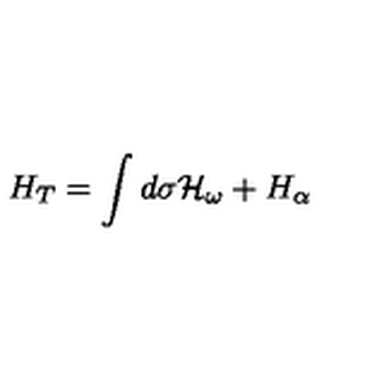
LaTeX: H _ { T } = \int d { \sigma } { \cal H } _ { \omega } + H _ { \alpha }